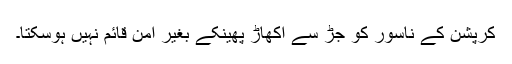
کرپشن کے ناسور کو جڑ سے اکھاڑ پھینکے بغیر امن قائم نہیں ہوسکتا۔